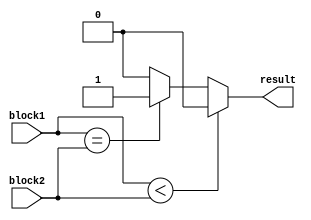
module unsigned_comparator (
    input [31:0] block1, // First input arithmetic block
    input [31:0] block2, // Second input arithmetic block
    output reg result // Output indicating relationship between the two blocks (0 for less than, 1 for equal to, 2 for greater than)
);

always @* begin
    if (block1 < block2) begin
        result = 0; // First block is less than second block
    end else if (block1 == block2) begin
        result = 1; // First block is equal to second block
    end else begin
        result = 2; // First block is greater than second block
    end
end

endmodule